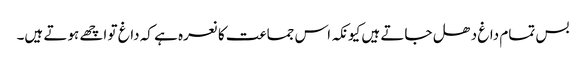
بس تمام داغ دھل جاتے ہیں کیونکہ اس جماعت کا نعرہ ہے کہ داغ تو اچھے ہوتے ہیں۔